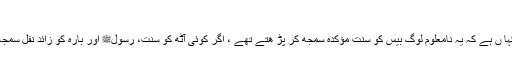
” (حاشیۃ آثار السنن : ۲۵، وسندہ صحیح)
صحابہ کرام کے علاوہ دوسرے لوگوں کا عمل حجت نہیں ، یہ کہا ں ہے کہ یہ نامعلوم لوگ بیس کو سنت مؤکدہ سمجھ کر پڑ ھتے تھے ، اگر کوئی آٹھ کو سنت، رسولﷺ اور بارہ کو زائد نفل سمجھ کر پڑ ھے تو صحیح ہے، یہ لوگ بھی ایسا ہی کرتے ہوں گے۔